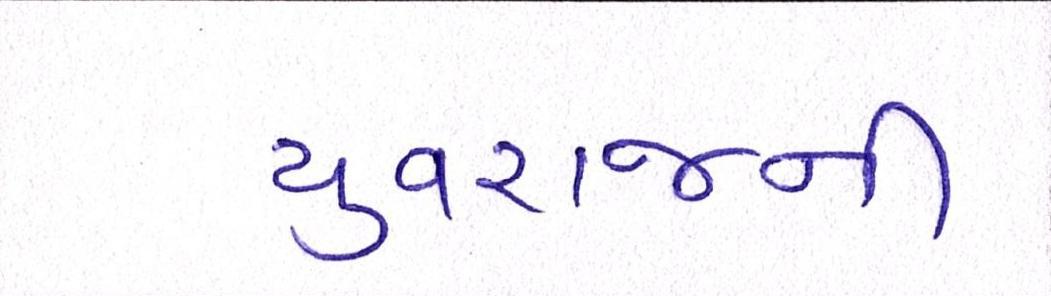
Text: યુવરાજની